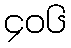
၄၀၆